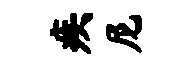
疾尼